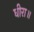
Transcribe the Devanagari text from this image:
धीरा॥